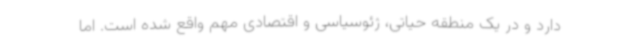
دارد و در یک منطقه حیاتی، ژئوسیاسی و اقتصادی مهم واقع شده است. اما